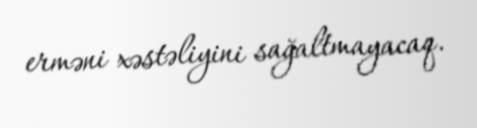
erməni xəstəliyini sağaltmayacaq.